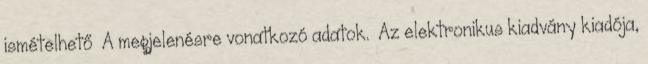
ismételhető A megjelenésre vonatkozó adatok. Az elektronikus kiadvány kiadója,